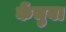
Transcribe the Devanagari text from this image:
केंचुवा